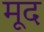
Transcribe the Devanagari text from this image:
मूद